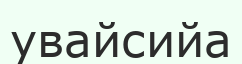
увайсийа